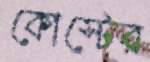
কোস্টের